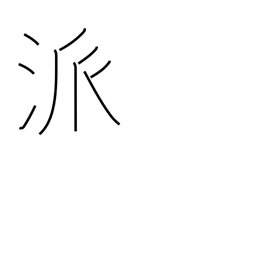
Meaning: school